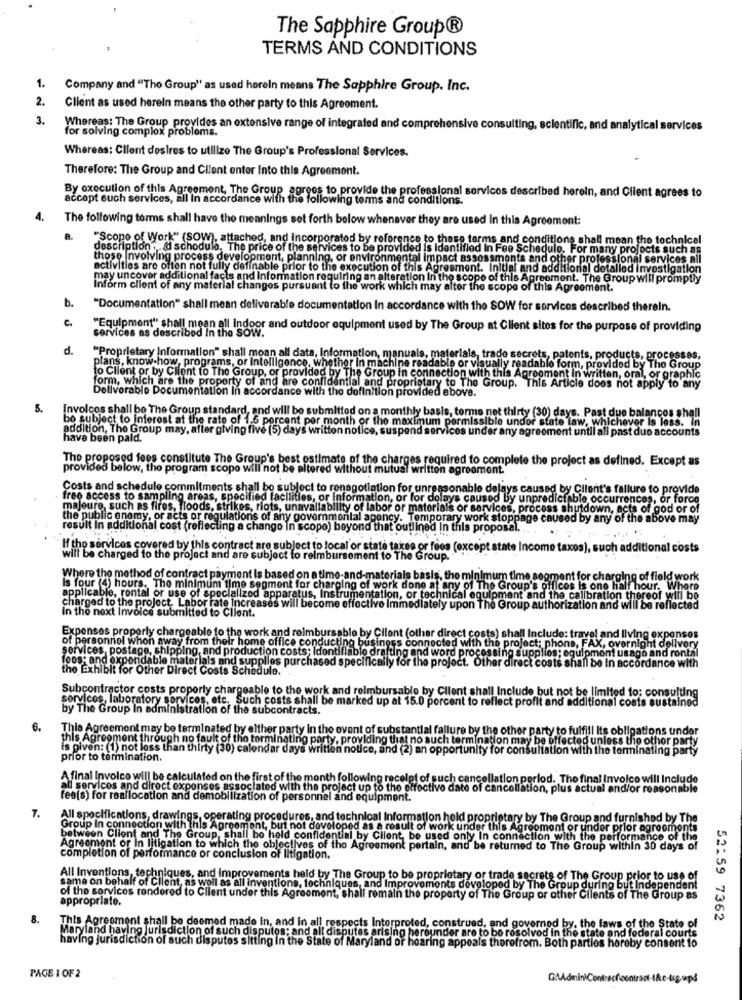
The Sapphire Group®
TERMS AND CONDITIONS
1.
Company and "The Group" as used hereln means The Sapphire Group, Inc.
2.
Client as used herein means the other party to this Agreement.
3.
Whereas: The Group provides an extensive range of integrated and comprehensive consulting, scientific, and analytical services
for solving complex problems.
Whereas: Client desires to utilize The Group's Professional Services.
Therefore: The Group and Client enter Into this Agreement.
By execution of this Agreement, The Group agrees to provide the professional services described herein, and Client agrees to
accept such services, all In accordance with the following terms and conditions.
4.
The following torms shall have the meanings set forth below whenever they are used In this Agreement:
"Scope of Work" (SOW), attached, and Incorporated by reference to these terms and conditions shall mean the technical
description . @ schodula, The price of the services to be provided is Identified In Fee Schedule, For many projects such as
those Involving process development, planning, or environmental Impact assessments and other professional services all
activities are often not fully definable prior to the execution of this Agreement. Initial and additional detalled investigation
may uncover additional facts and information requiring an alteration In the scope of this Agreement. The Group will promptly
Inform client of any material changes pursuant to the work which may alter the scope of this Agreement.
b.
"Documentation" shall mean deliverable documentation In accordance with the SOW for services described therein.
"Equipment" shall mean all Indoor and outdoor equipment used by The Group at Client sites for the purpose of providing
services as described In the SOW.
d.
"Proprietary Information" shall moan all data, Information, manuals, materials, trade secrets, patents, products, processes,
plans, know-how, programs, or Intelligence, whether in machine readable or visually readable form, provided by The Group
to Client or by Client to The Group, or provided by The Group in connection with this Agreement in written, oral, or graphic
form, which are the property of and are confidential and proprietary to The Group. This Article does not apply to any
Deliverable Documentation In accordance with the definition provided above.
5.
Involcos shall be The Group standard, and will be submitted on a monthly basis, terms net thirty (30) days. Past due balancos shall
subject to Interest at the rate of 1.5 porcent per month or the maximum permissible undor state law, whichever is less. In
addition, The Group may, after giving five (5) days written notice, suspend services under any agreement until all past due accounts
have been pald.
The proposed fees constitute The Group's best estimate of the charges required to complete the project as defined. Except as
provided below, the program scopo will not be altered without mutual written agreement.
Costs and schedule commitments shall be subject to renegotiation for unreasonable delays caused by Cilent's failure to provide
free access to sampling areas, specified facilities, or information, or for dolays caused by unpredictable occurrences, or force
majeure, such as fires, floods, strikes, riots, unavaliability of labor or materials or services, process shutdown, acts of god or of
the public enemy, or acts or regulations of any governmental agency. Temporary work stoppage caused by any of the above may
n additional cost (reflecting a change In scope) beyond that outlined In this proposal.
If the services covered by this contract are subject to local or state taxes or fees (exe
will be charged to the project and are subject to reimbursement to The Group.
Where the method of contract payment Is based on a time-and-materials basis, the minimum time segment for charging of field work
Is four (4) hours. The minimum time segment for charging of work done at any of The Group's offices is one half hour. Where
applicable, rental or use of specialized apparatus, Instrumentation, or technical equipment and the calibration thereof will be
charged to the project. Labor rate increases will become effective Immediately upon The Group authorization and will be reflected
In the next Invoice submitted to Client.
Expenses properly chargeable to the work and reimbursable by Cilent (other direct costs) shall Include: travel and living ex
of personnel whon away from their home office conducting business connected with the project; phone, FAX, overnight delivery
services, postage, shipping, and production costs; Identifiable drafting and word processing supplies; egulpmont usago and rontal
feos: and expendable materials and supplies purchased specifically for the project. Other direct costs shall be in accordance with
the Exhibit for Other Direct Costs Schedule.
Subcontractor costs property chargeable to the work and reimbursable by Client shall Include but not be limited to; consulting
services, laboratory services, etc. Such costs shall be marked up at 15.0 porcent to reflect profit and additional costs sustained
by The Group In administration of the subcontracts.
6.
This Agreement may be terminated by either party in the event of substantial failure by the other party to fulfill Its obligations under
this Agreement through no fault of the terminating party, providing that no such termination may be affected unless the other party
is given: (1) not less than thirty (30) calendar days written notice, and (2) an opportunity for consultation with the terminating party
prior to termination.
A final Invoice will be calculated on the first of the month following receipt of such
ancellation period. The final Invoice will Include
all services and direct expenses associated with the project up to the effective date of cancellation, plus actual and/or reasonable
fee(s) for reallocation and demobilization of personnel and equipment.
7.
All specifications, drawings, operating procedures, and technical Information held proprietary by The Group and furnished by The
Group In connection with this Agreen
coment, but not developed as a result of work under this Agreement or under prior agreements
between Client and The Group, shall be held confidential by Client, be used only In connection with the performance of the
Agreement or In litigation to which the objectives of tho Agreement pertain, and be returned to The Group within 30 days of
completion of performance or conclusion of litigation.
All Inventions, techniques, and Improvements held by The Group to be proprietary or trade secrets of The Group prior to use of
same on behalf of Client, as well as all inventions, techniques, and Improvements developed by The Group during but Independent
of the services rendered to Client under this Agreement, shall remain the property of The Group or other Clients of The Group as
appropriate.
8.
52:59 7362
This Agreement shall be deemed made In, and in all respects Interpreted, construed, and governed by, the laws of the State of
Maryland having jurisdiction of such disputes; and all disputes arising hereunder are to be resolved in the state and federal courts
having jurisdiction of such disputes sitting In the State of Maryland or hearing appeals therefrom. Both parties hereby consent to
PAGE 1 OF 2
GAAdminiContreche